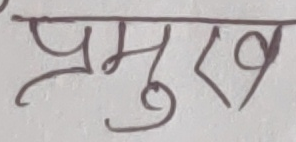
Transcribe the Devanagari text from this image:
प्रमुख